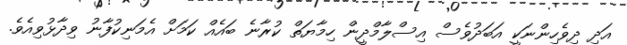
އަދި ދިވެހިންނަކީ އަބަދުވެސް އިސްލާމްދީން ހިމާޔަތް ކުރާނެ ބައެއް ކަމަށް އެމަނިކުފާނު ވިދާޅުވިއެވެ.